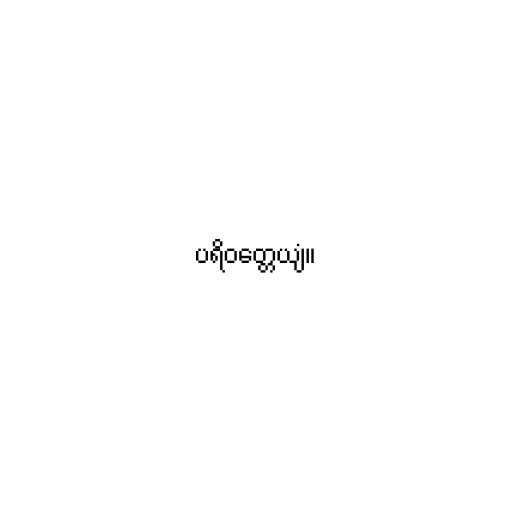
ပရိဝတ္တေယျံ။